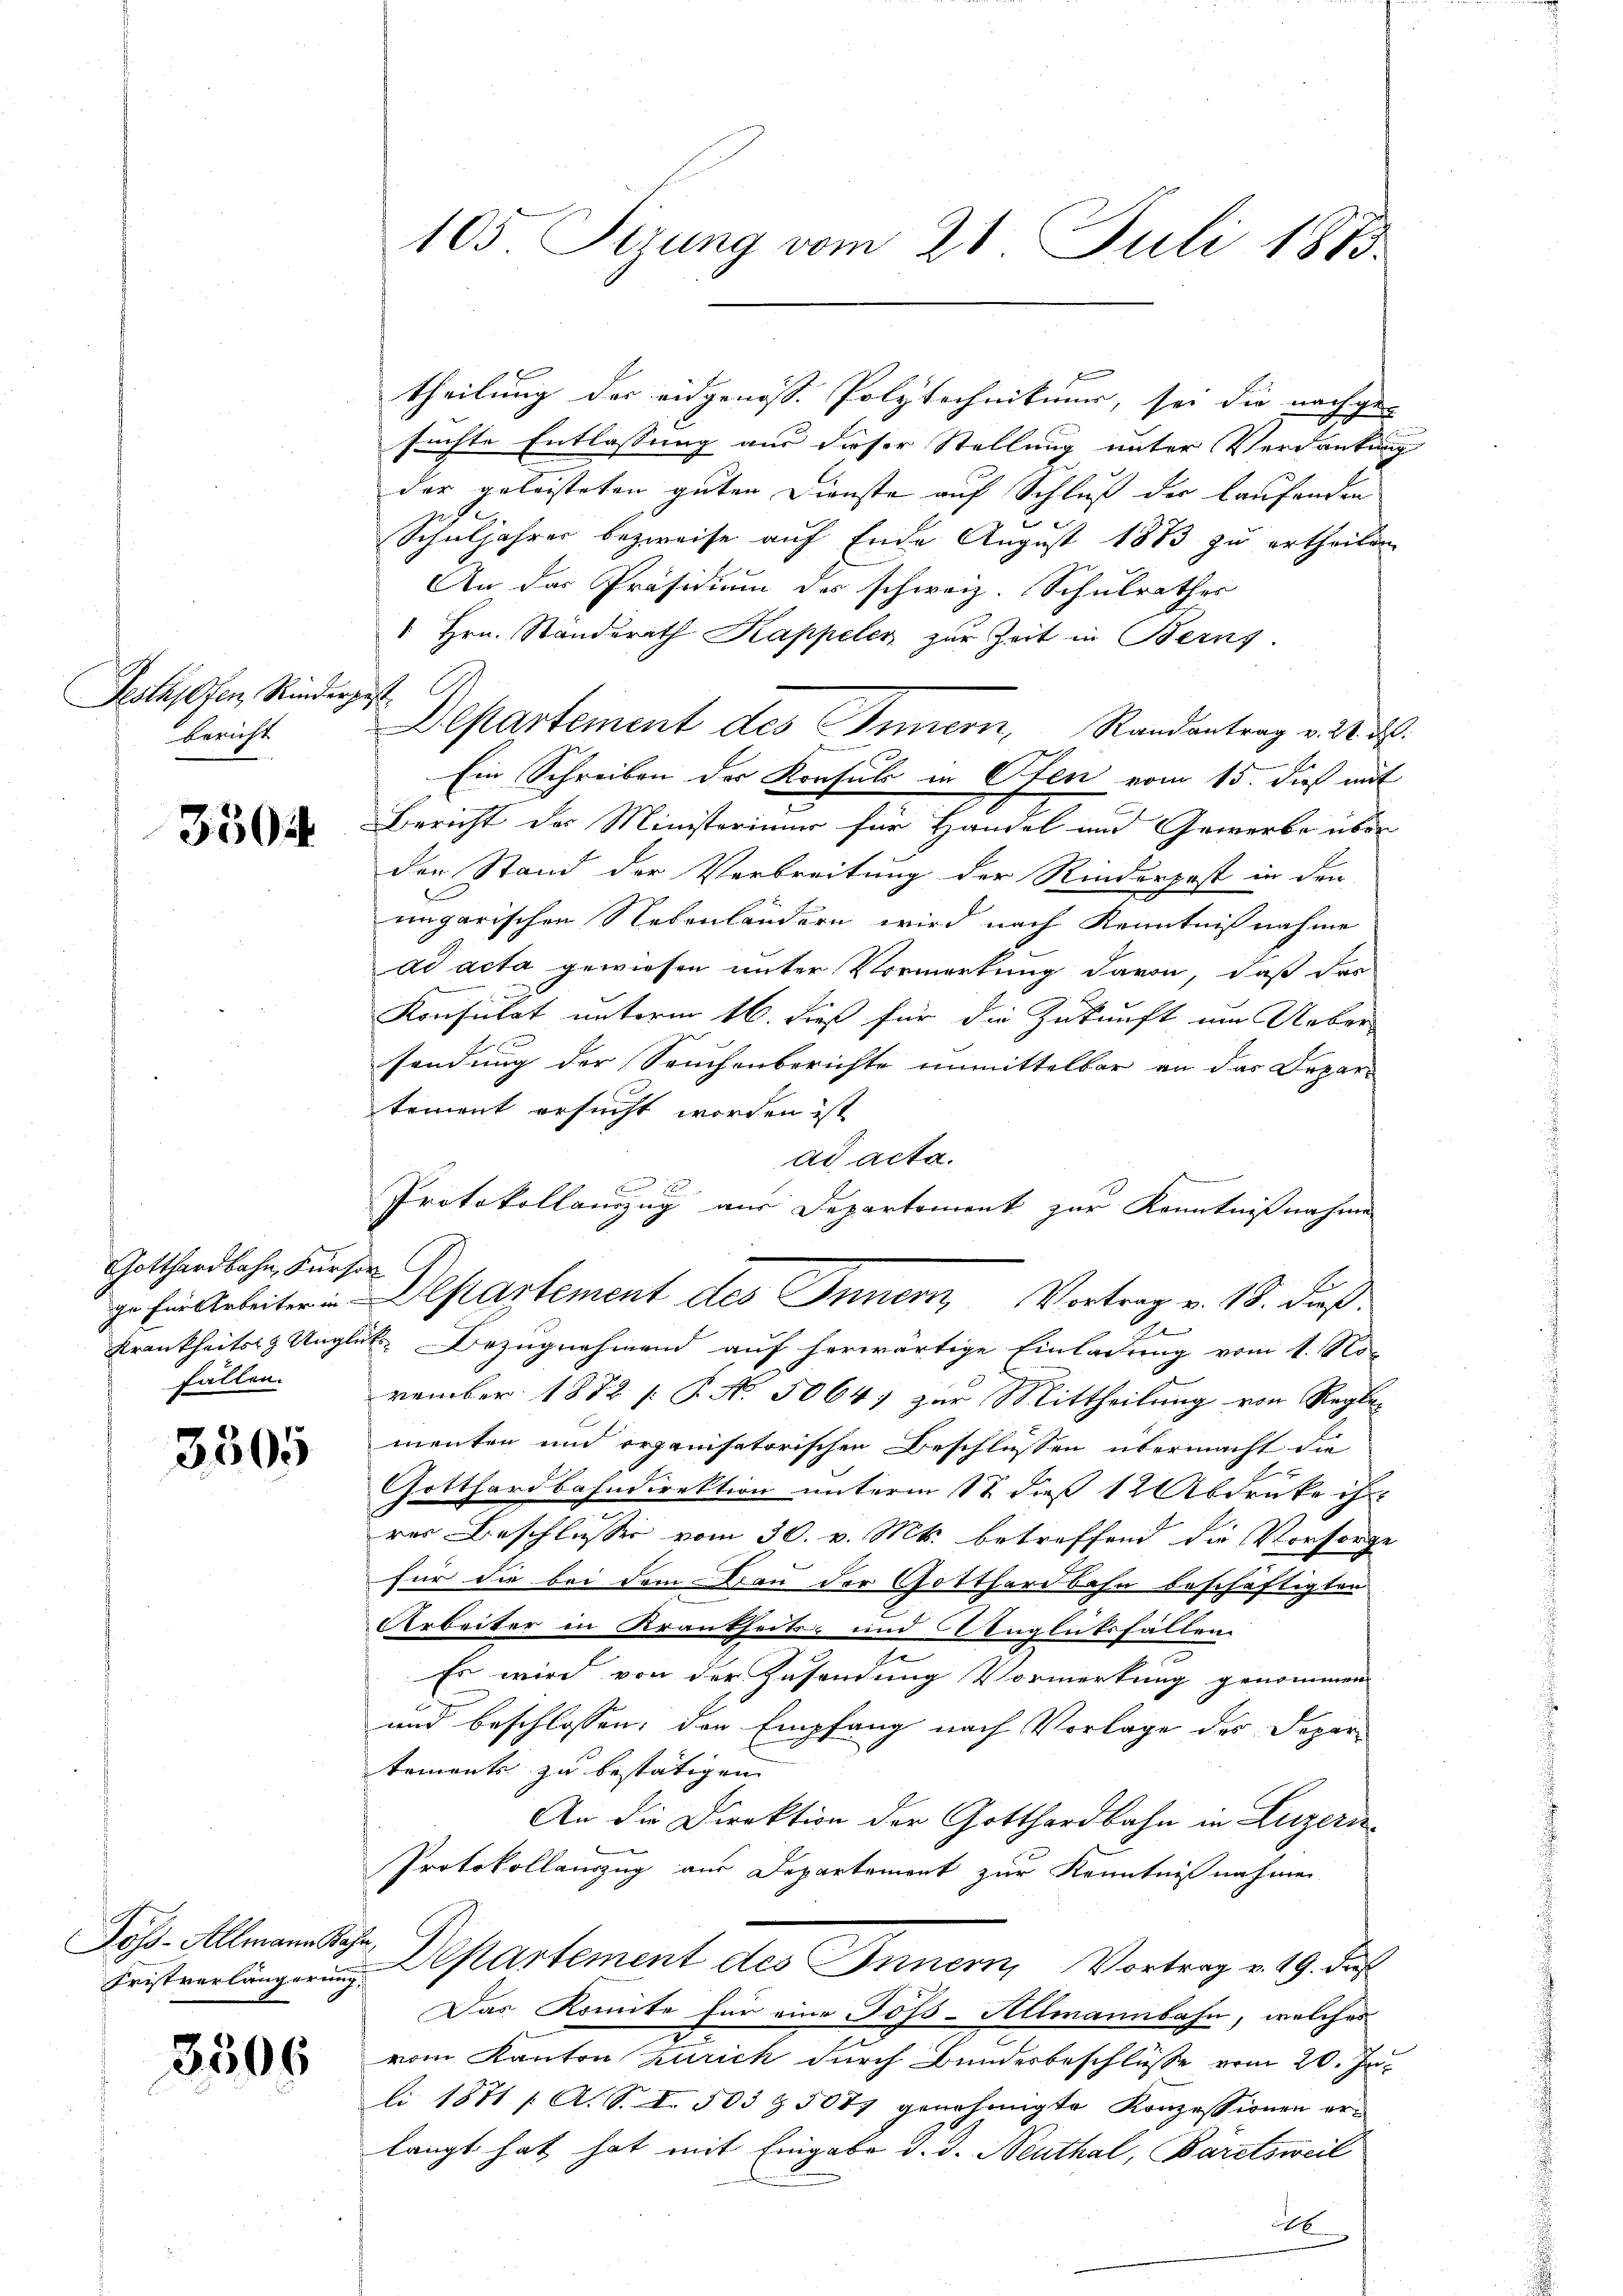
Pestapfen, Rinderpest.
bericht

3504

Gotthardbahn, Fürsor
fallen.

3305

Joss-Allmann Ba
Fristverlängerung.

3506

theilung des eidgenöss. Polytechnikuur, sei die nachge-
suchte Entlassung aus dieser Stellung unter Verdankung
der geleisteten guten Dienste auf Schluß der laufenden
Schuljahrer bezweife auf Ende August 1873 zu ertheilen
An das Präsidium des schweiz. Schulrathes
" Hrn. Ständerath Kappeler zur Zeit in Berns.
Departement des Innern, Randantrag v. 28. d.
e
Ein Schreiben der Konsuls in Ofen vom 15. dieß mit
Bericht der Ministerium für Handel und Gewerbe über
den Stand der Verbreitung der Rinderpost in den
ungarischen Nebenländern wird nach Kenntnißnahme
ad acta gewiesen unter Vormerkung davon, daß das
Konsulat unterm 16. dieß für die Zukunft um Ueber
sendung der Seuchenberichte unmittelbar an das Departement ersucht worden ist,
ad acta.

Protokollanzug aus Departement zur Kenntnißnahme
Krankheits Unglet. Bezugnehmend auf herwärtige Einladung vom 1. November 1872 [ P. No. 5064) zur Mittheilung von Regle-
menten und organisatorischen Beschlüssen übermacht die
Gotthardbahndirektion unterm 17. dieß 12 Abdruke ihr
rer Beschlusse vom 30. v. Mts. betreffend die Vorsorge
für die bei dem Bau der Gotthardbahn beschäftigten
Arbeiter in Krankheits- und Anglücksfällen
Es wird von der Zusendung Vormerkung genommen
und beschlossen, den Empfang nach Vorlage des Departements zu bestätigen |
An die Direktion der Gotthardbahn in Luzern
Protokollauszug aus Departement zur Kenntnißnahmen
Departement des Innern, Vortrag v. 19. d.
Das Komite für eine Töß-Allmannbahn, welches
vom Kanton Zürich durch Bunderbeschlüsse vom 20. Juli 1871 f. A. S. S. 503 § 5077 genehmigte Konzessionen erlangt hat hat mit Eingabe d. d. Neuthal, Bäretsweil
246

105 Sirung vom 21. Juli 1873.

zu Ein Arbeiter in Departement des Innern, Vortrag v. 18. dieß